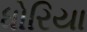
ધોરિયા